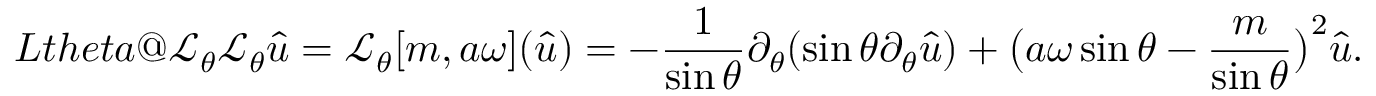
\index { L t h e t a @ \mathcal { L } _ { \theta } } \mathcal { L } _ { \theta } { \widehat { u } } = \mathcal { L } _ { \theta } [ m , a \omega ] ( { \widehat { u } } ) = - \frac { 1 } { \sin \theta } \partial _ { \theta } ( \sin \theta \partial _ { \theta } { \widehat { u } } ) + \big ( a \omega \sin \theta - \frac { m } { \sin \theta } \big ) ^ { 2 } { \widehat { u } } .